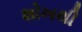
શોખથી